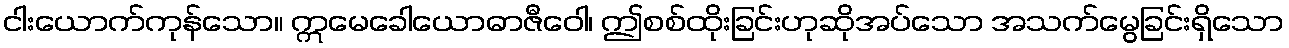
ငါးယောက်ကုန်သော။ ဣမေခေါယောဓာဇီဝေါ၊ ဤစစ်ထိုးခြင်းဟုဆိုအပ်သော အသက်မွေခြင်းရှိသော